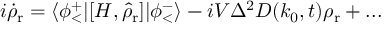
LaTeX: i { \dot { \rho } } _ { \mathrm { r } } = \langle \phi _ { < } ^ { + } \vert [ H , { \hat { \rho } } _ { \mathrm { r } } ] \vert \phi _ { < } ^ { - } \rangle - i V \Delta ^ { 2 } D ( k _ { 0 } , t ) \rho _ { \mathrm { r } } + . . .